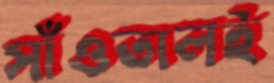
সাঁওতালই